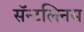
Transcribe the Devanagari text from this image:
सॅन्टलिनस